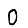
Digit: 0